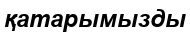
қатарымызды